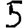
Digit: 5